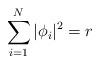
\begin{align*}\sum_{i=1}^{N}|\phi_{i}|^{2}=r\end{align*}